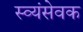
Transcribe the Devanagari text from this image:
स्व्यंसेवक